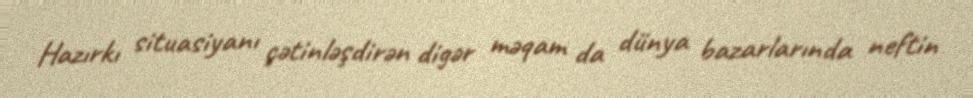
Hazırkı situasiyanı çətinləşdirən digər məqam da dünya bazarlarında neftin